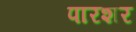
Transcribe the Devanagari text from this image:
पारशर